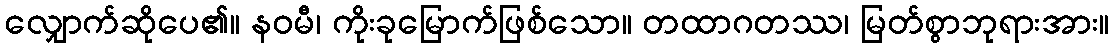
လျှောက်ဆိုပေ၏။ နဝမီ၊ ကိုးခုမြောက်ဖြစ်သော။ တထာဂတဿ၊ မြတ်စွာဘုရားအား။